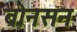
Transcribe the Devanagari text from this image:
ब्रोनसन